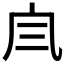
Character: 𠘹